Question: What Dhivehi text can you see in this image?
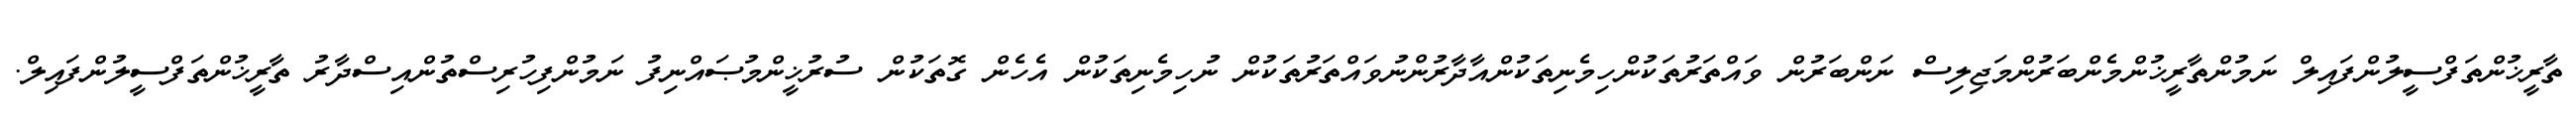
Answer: ތާރީޚުންތަފްސީލުންފައިލް ނަމުންތާރީޚުންމެންބަރުންމަޖިލިސް ނަންބަރުން ވައްތަރުތަކުންހިމެނިތަކުންއާދާރުންނުވައްތަރުތަކުން ނުހިމެނިތަކުން އެހެން ގޮތަކުން ސުރުޚީންމުޞައްނިފު ނަމުންފިހުރިސްތުންއިސްދާރު ތާރީޚުންތަފްސީލުންފައިލް.